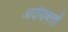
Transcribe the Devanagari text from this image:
आदींबाबतही